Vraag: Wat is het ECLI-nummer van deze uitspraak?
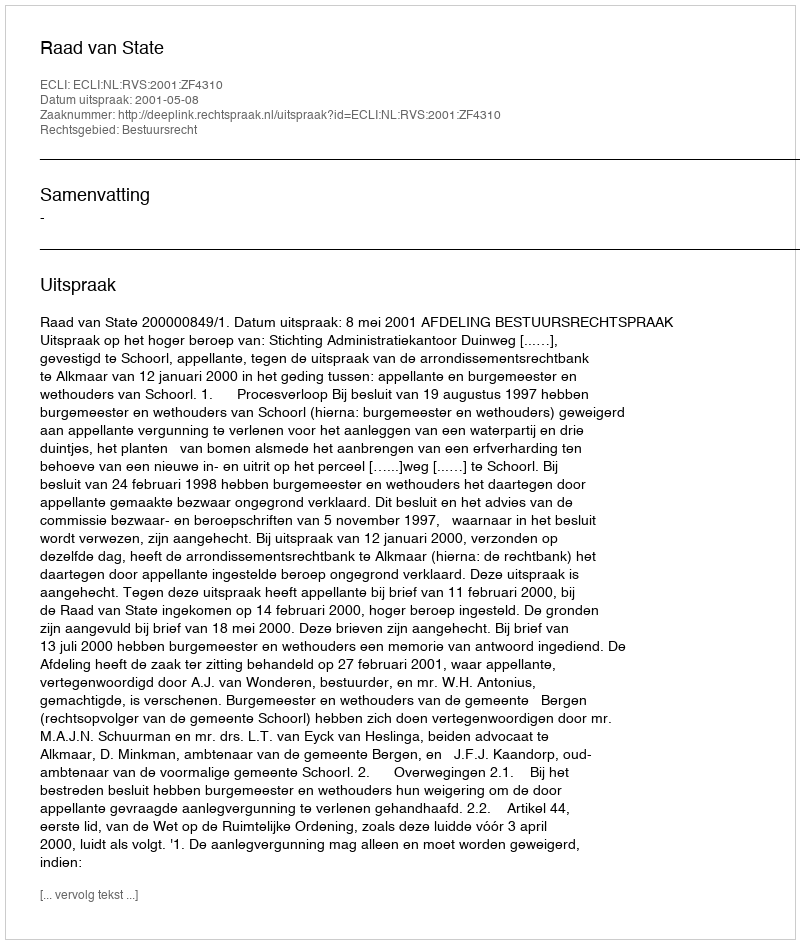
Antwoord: ECLI:NL:RVS:2001:ZF4310